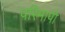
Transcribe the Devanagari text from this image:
परिमापो